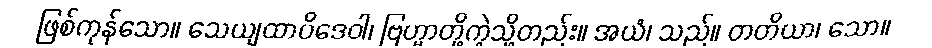
ဖြစ်ကုန်သော။ သေယျထာပိဒေဝါ၊ ဗြဟ္မာတို့ကဲ့သို့တည်း။ အယံ၊ သည်။ တတိယာ၊ သော။